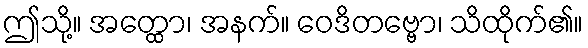
ဤသို့။ အတ္ထော၊ အနက်။ ဝေဒိတဗ္ဗော၊ သိထိုက်၏။